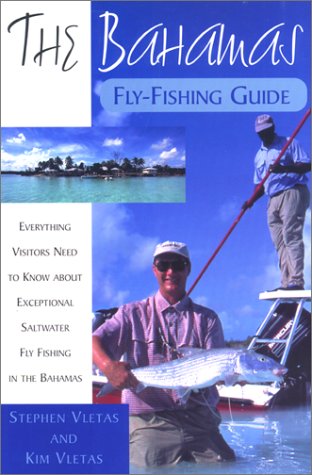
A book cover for The Bahamas Fly-Fishing Guide; Stephen Vletas; Travel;